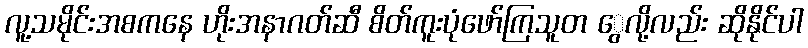
လူ့သမိုင်းအစကနေ ဟိုးအနာဂတ်ဆီ စိတ်ကူးပုံဖော်ကြသူတ ွေလို့လည်း ဆိုနိုင်ပါ